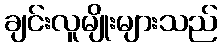
ချင်းလူမျိုးများသည်